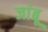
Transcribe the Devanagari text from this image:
जांबू